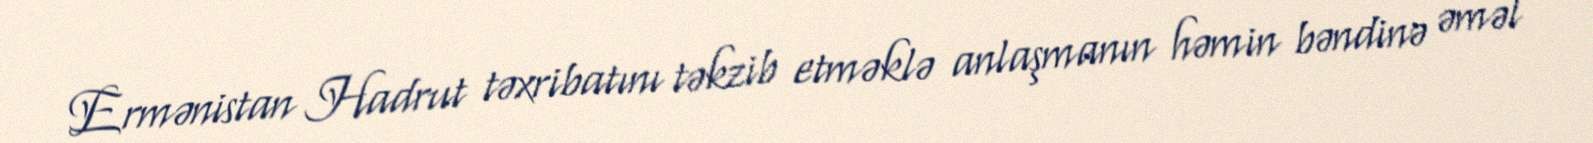
Ermənistan Hadrut təxribatını təkzib etməklə anlaşmanın həmin bəndinə əməl